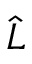
\hat { L }